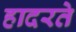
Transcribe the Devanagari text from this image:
हादरते